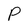
Character: P